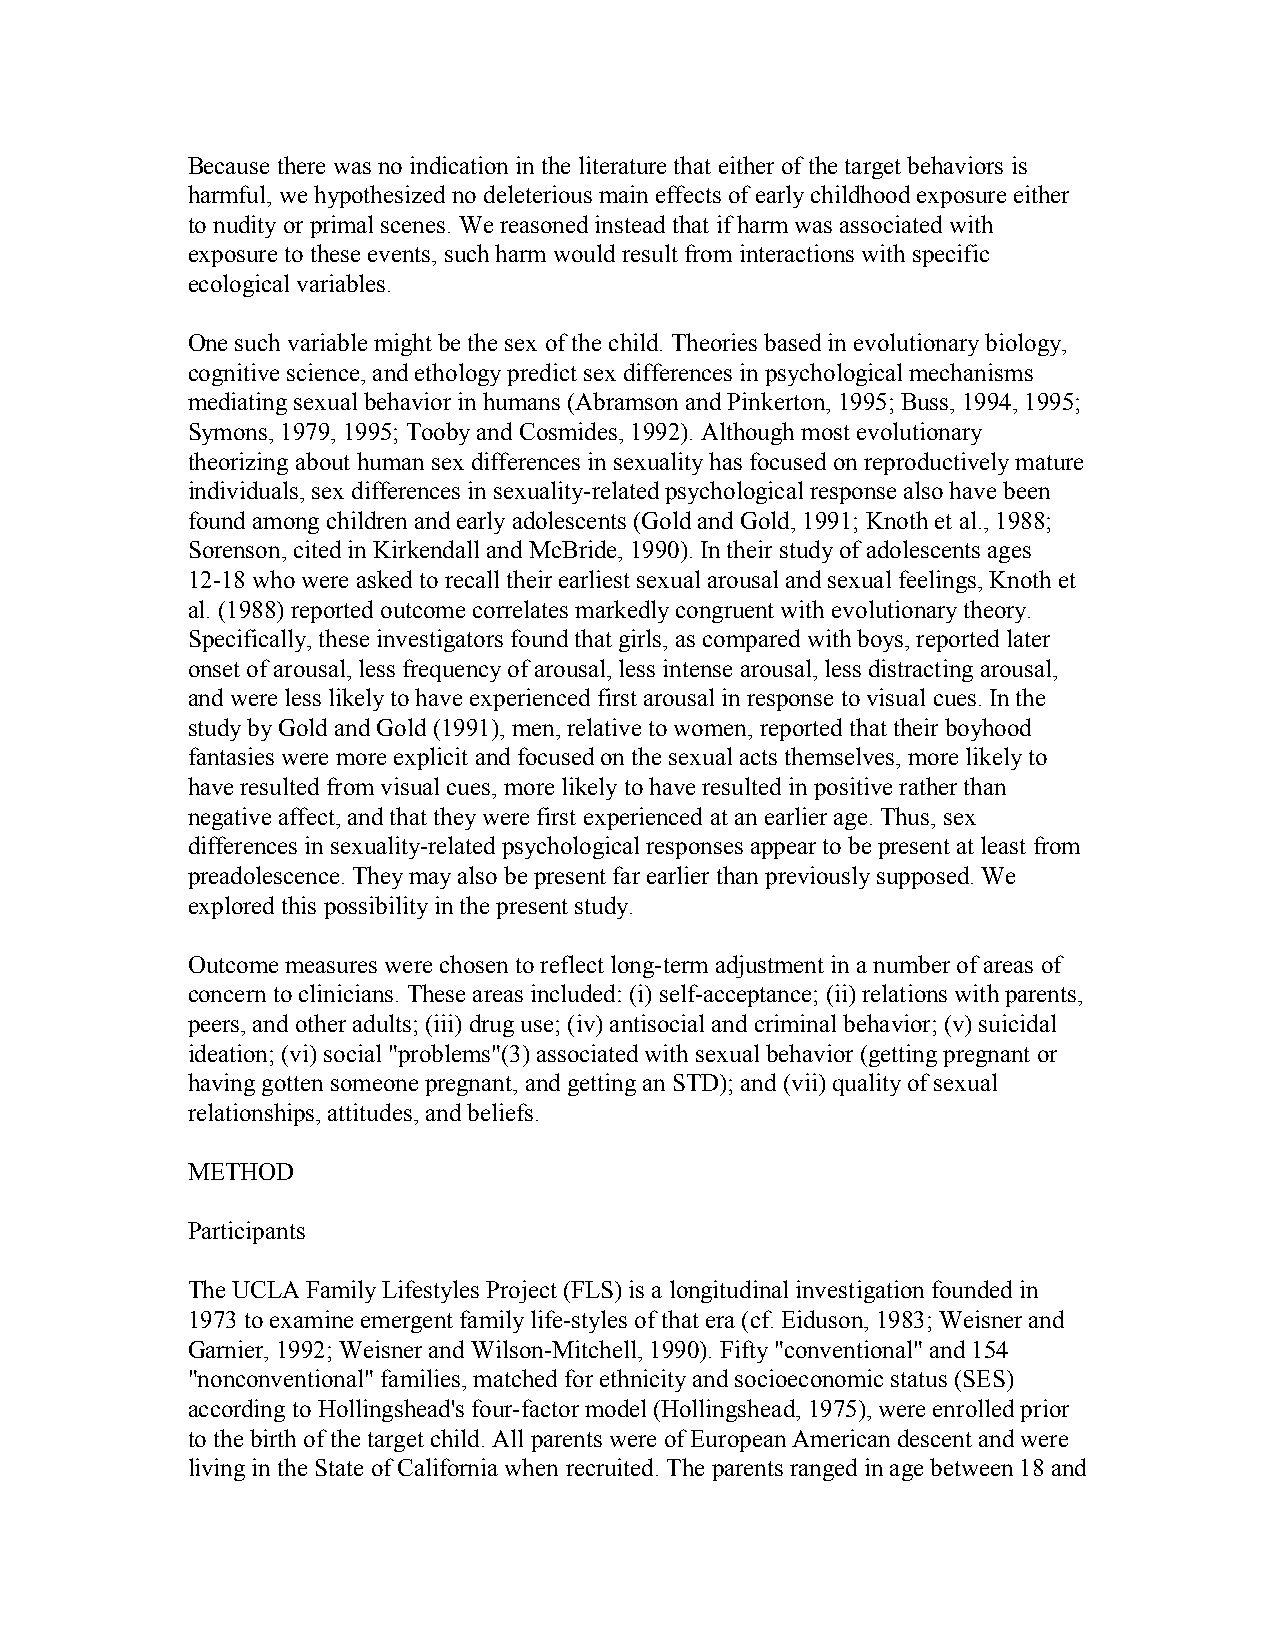
Because there was no indication in the literature that either of the target behaviors is
 harmful, we hypothesized no deleterious main effects of early childhood exposure either
 to nudity or primal scenes. We reasoned instead that if harm was associated with
 exposure to these events, such harm would result from interactions with specific
 ecological variables.
 One such variable might be the sex of the child. Theories based in evolutionary biology,
 cognitive science, and ethology predict sex differences in psychological mechanisms
 mediating sexual behavior in humans (Abramson and Pinkerton, 1995; Buss, 1994, 1995;
 Symons, 1979, 1995; Tooby and Cosmides, 1992). Although most evolutionary
 theorizing about human sex differences in sexuality has focused on reproductively mature
 individuals, sex differences in sexuality-related psychological response also have been
 found among children and early adolescents (Gold and Gold, 1991; Knoth et al., 1988;
 Sorenson, cited in Kirkendall and McBride, 1990). In their study of adolescents ages
 12-18 who were asked to recall their earliest sexual arousal and sexual feelings, Knoth et
 al. (1988) reported outcome correlates markedly congruent with evolutionary theory.
 Specifically, these investigators found that girls, as compared with boys, reported later
 onset of arousal, less frequency of arousal, less intense arousal, less distracting arousal,
 and were less likely to have experienced first arousal in response to visual cues. In the
 study by Gold and Gold (1991), men, relative to women, reported that their boyhood
 fantasies were more explicit and focused on the sexual acts themselves, more likely to
 have resulted from visual cues, more likely to have resulted in positive rather than
 negative affect, and that they were first experienced at an earlier age. Thus, sex
 differences in sexuality-related psychological responses appear to be present at least from
 preadolescence. They may also be present far earlier than previously supposed. We
 explored this possibility in the present study.
 Outcome measures were chosen to reflect long-term adjustment in a number of areas of
 concern to clinicians. These areas included: (i) self-acceptance; (ii) relations with parents,
 peers, and other adults; (iii) drug use; (iv) antisocial and criminal behavior; (v) suicidal
 ideation; (vi) social "problems"(3) associated with sexual behavior (getting pregnant or
 having gotten someone pregnant, and getting an STD); and (vii) quality of sexual
 relationships, attitudes, and beliefs.
 METHOD
 Participants
 The UCLA Family Lifestyles Project (FLS) is a longitudinal investigation founded in
 1973 to examine emergent family life-styles of that era (cf. Eiduson, 1983; Weisner and
 Garnier, 1992; Weisner and Wilson-Mitchell, 1990). Fifty "conventional" and 154
 "nonconventional" families, matched for ethnicity and socioeconomic status (SES)
 according to Hollingshead's four-factor model (Hollingshead, 1975), were enrolled prior
 to the birth of the target child. All parents were of European American descent and were
 living in the State of California when recruited. The parents ranged in age between 18 and